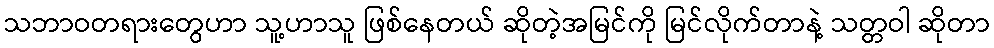
သဘာဝတရားတွေဟာ သူ့ဟာသူ ဖြစ်နေတယ် ဆိုတဲ့အမြင်ကို မြင်လိုက်တာနဲ့ သတ္တဝါ ဆိုတာ